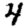
Digit: 4